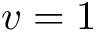
v = 1